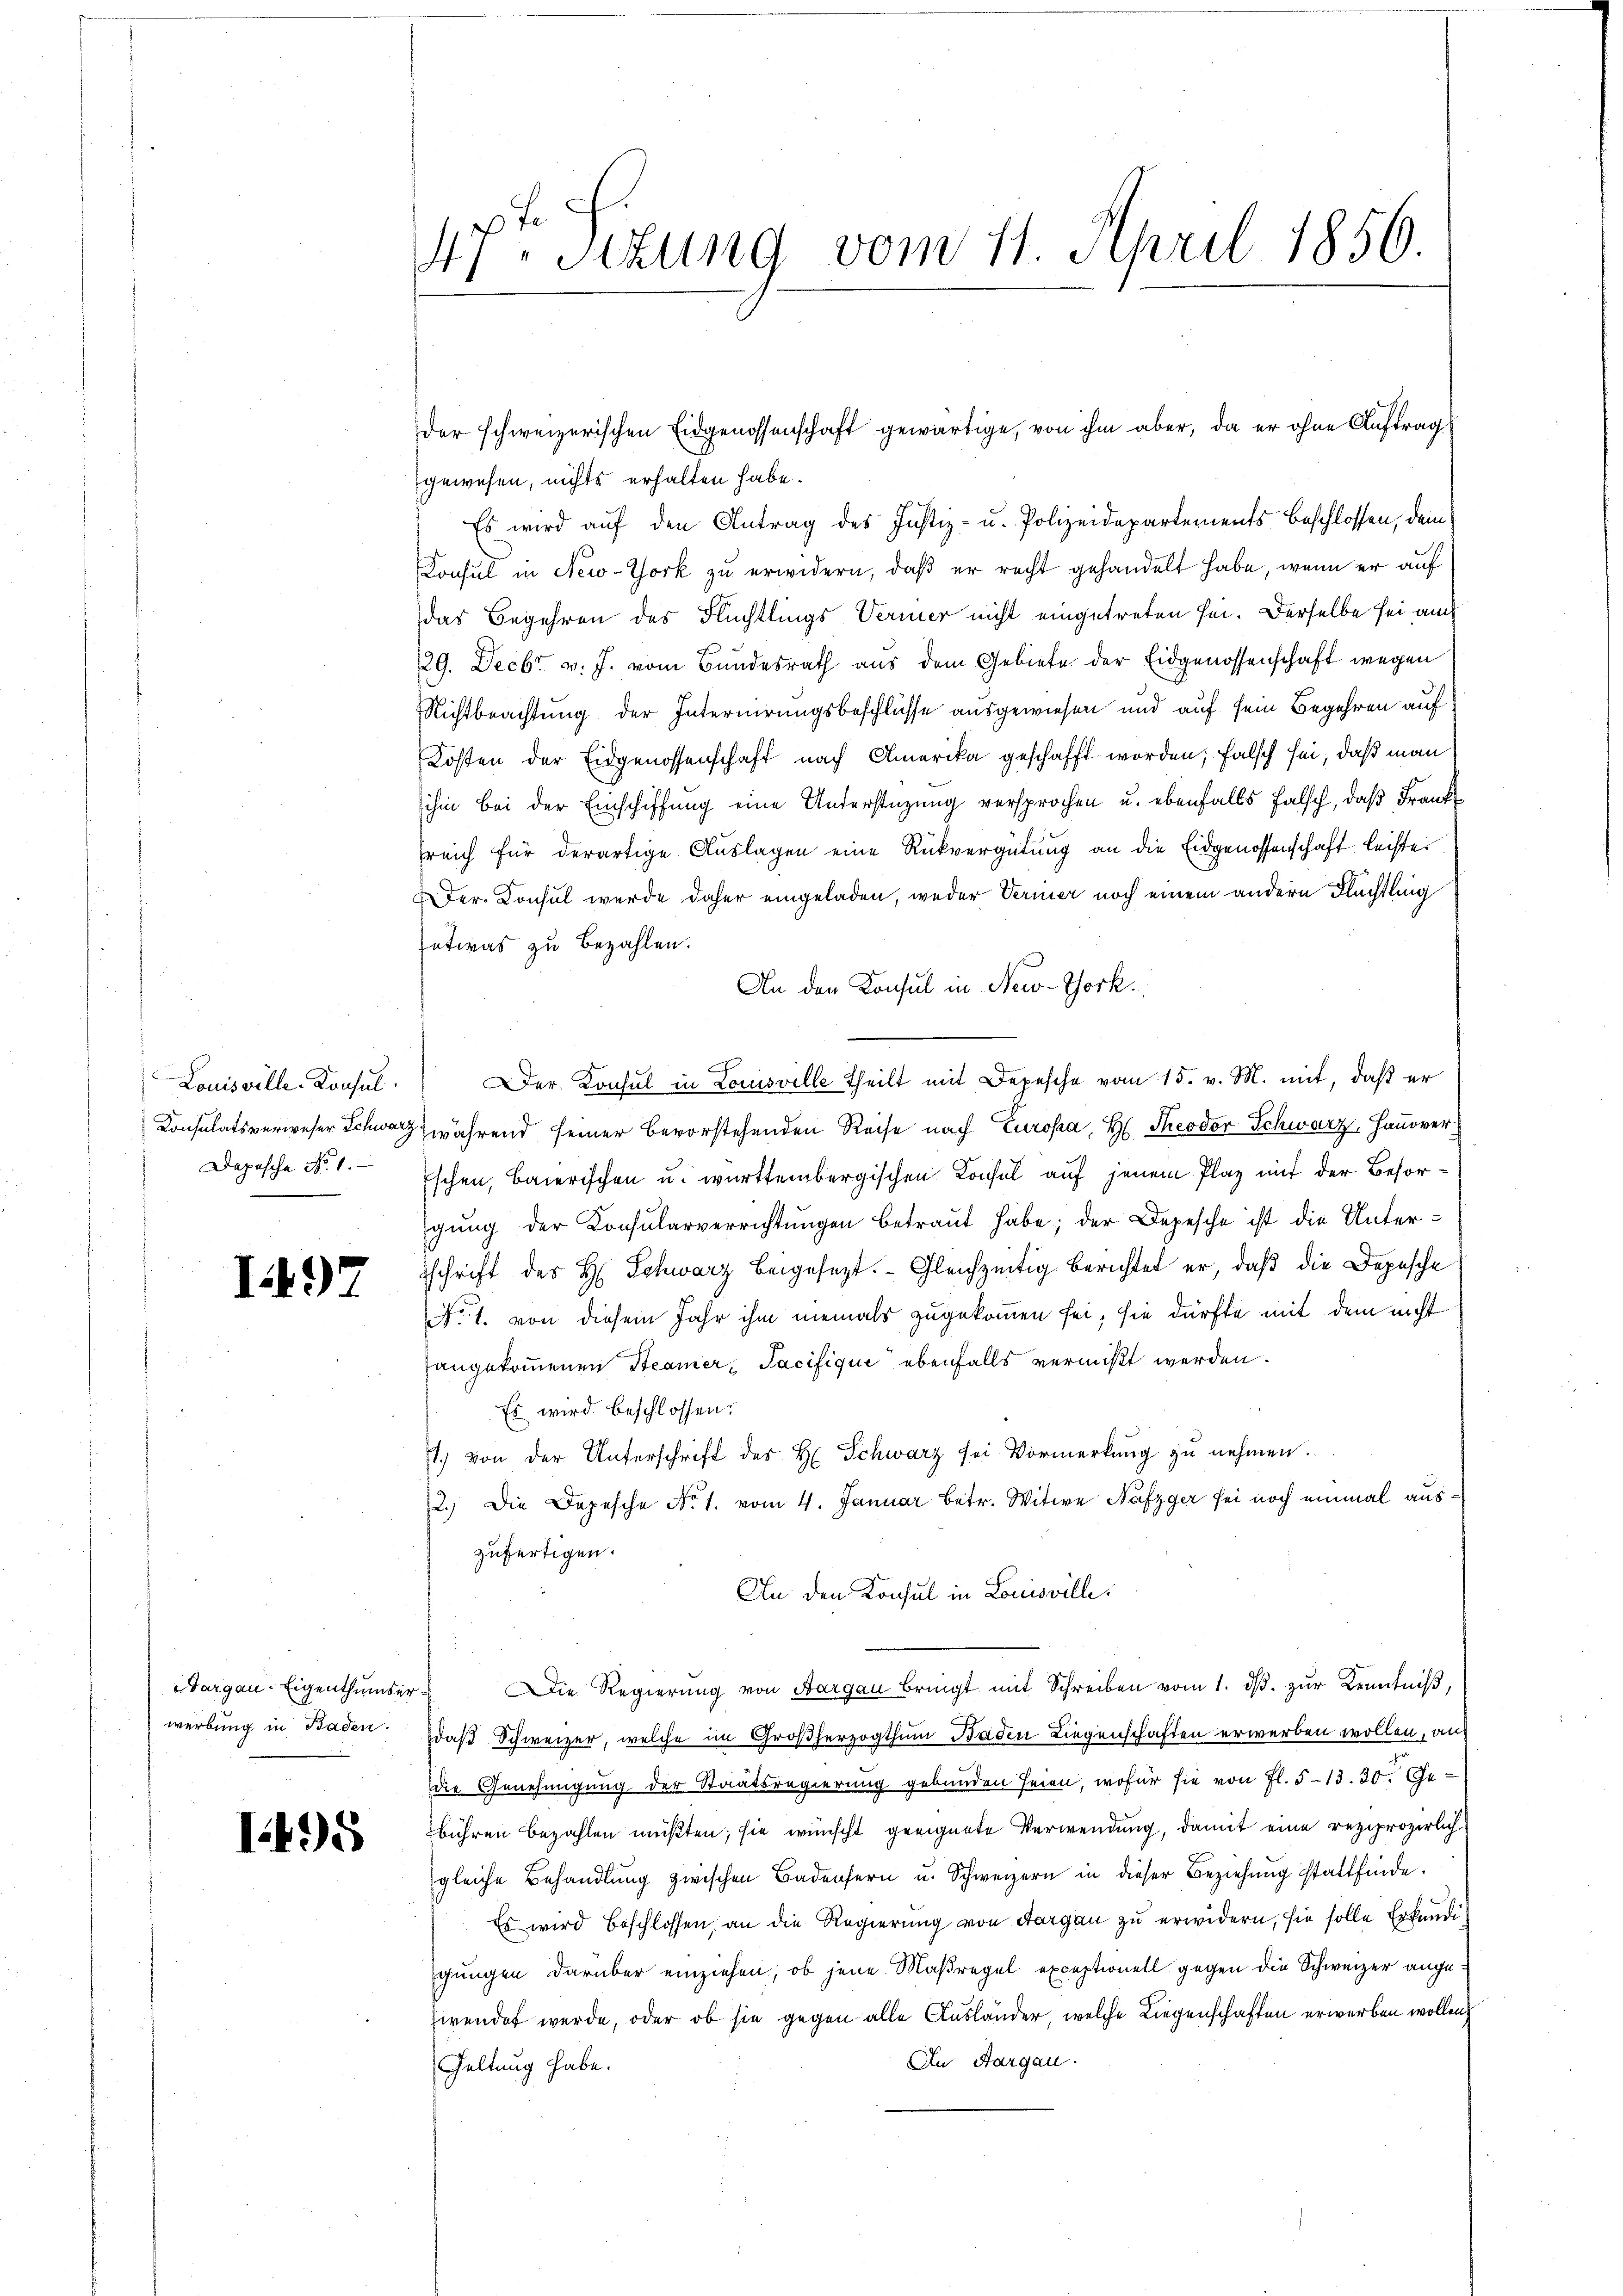
Louisville-Konsul
Depesche No. 1.

I.192

Aargau-Eigenthumser
werbung in Baden.

1495

4te Sizung vom 11. April 1856.

gewesen, nichts erhalten habe.
Es wird auf den Antrag des Justiz- u. Polizeidepartements beschlossen, dem
Konsul in New-York zu erwidern, daß er recht gehandelt habe, wenn er auf
das Begehren des Flüchtlings Vermer nicht eingetreten sei. Derselbe sei auch
29. Decbr v. J. vom Bundesrath aus dem Gebiete der Eidgenossenschaft wegen
Nichtbeachtung der Internirungsbeschlüsse ausgewiesen und auf sein Begehren auf
Kosten der Eidgenossenschaft nach Amerika geschafft worden; falsch sei, daß man
ihm bei der Einschiffung eine Anderstützung versprochen u. ebenfalls falsch, daß Frank
sreich für derartige Auslagen eine Rückvergütung an die Eidgenossenschaft leiste
Der Konsul werde daher eingeladen, weder Vermer noch einem andern Flüchtling
etwas zu bezahlen.
An den Konsul in New-York
.
Der Konsul in Louisville Theilt mit Depesche vom 15. v. M. mit, daß er
Consulatsverweser Schwarz während seiner bevorstehenden Reise nach Europa, H. Theodor Schwarz, Hanoverschen, Baierischen u. württembergischen Konsul auf jenem Plaz mit der Besorgŭng der Konsularverrichtŭngen betraŭt habe; der Depesche ist die Untersschrift des H. Schwarz beigesezt. Gleichzeitig berichtet er, daß die Depesche
No. 1. von diesem Jahr ihm niemals zugekommen sei, sie dürfte mit dem nicht
angekommenen Steamer, Tacifique ebenfalls vermißt werden.
Es wird beschlossen:
1. von der Unterschrift des H. Schwarz sei Vormerkung zu nehmen.
2.) Die Depesche No. 1. vom 4. Januar betr. Witwe Nafzger sei noch einmal auszufertigen.
An den Konsul in Louisville.
Die Regierŭng von Aargau bringt mit Schreiben vom 1. dβ zŭr Kenntniß,
daß Schweizer, welche im Großherzogthum Baden Liegenschaften erwerben wollen, auf
Die Genehmigung der Staatsregierung gebunden seien, wofür sie von fl. 513. 30. Ge-
bühren bezahlen müßten; sie wünscht geeignete Verwendung, damit eine reziprozirlich
gleiche Behandlung zwischen Badensern u. Schweizern in dieser Beziehung stattfinde.
Es wird beschlossen, an die Regierung von Aargau zu erwidern, sie solle Erkundigungen darüber einziehen, ob jene Maßregel exceptionell gegen die Schweizer angewendet werde, oder ob sie gegen alle Ausländer, welche Liegenschaften erwerben wollen,
In Aargau.
Geltung habe.

der schweizerischen Eidgenossenschaft gewärtige, von ihm aber, da er ohne Auftrag